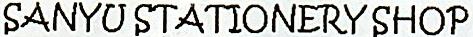
SANYU STATIONERY SHOP